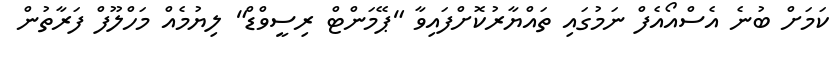
ކަމަށް ބުނެ އެސްއޯއެފް ނަމުގައި ތައްޔާރުކޮށްފައިވާ "ޕޭމަންޓް ރިސީވްޑް" ލިޔުމެއް މަހްލޫފް ފަރާތުން